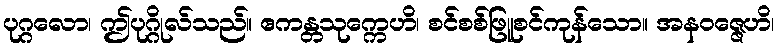
ပုဂ္ဂလော၊ ဤပုဂ္ဂိုလ်သည်။ ဧကန္တသုက္ကေဟိ၊ စင်စစ်ဖြူစင်ကုန်သော။ အနဝဇ္ဇေဟိ၊